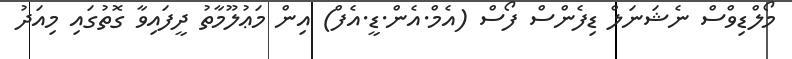
މޯލްޑިވްސް ނެޝަނަލް ޑިފެންސް ފޯސް (އެމް.އެން.ޑީ.އެފް) އިން މަޢުލޫމާތު ދީފައިވާ ގޮތުގައި މިއަދު